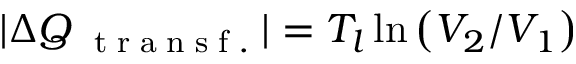
| \Delta Q _ { \mathrm { ~ \tiny ~ t ~ r ~ a ~ n ~ s ~ f ~ . ~ } } | = T _ { l } \ln \left( V _ { 2 } / V _ { 1 } \right)